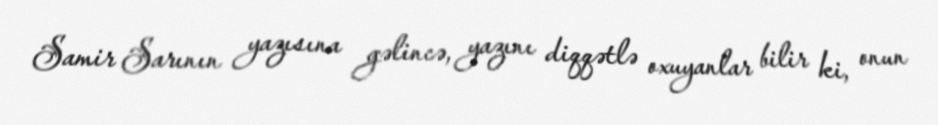
Samir Sarının yazısına gəlincə, yazını diqqətlə oxuyanlar bilir ki, onun